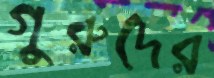
গুরুদের